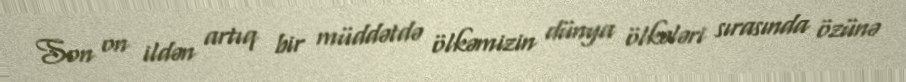
Son on ildən artıq bir müddətdə ölkəmizin dünya ölkələri sırasında özünə